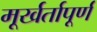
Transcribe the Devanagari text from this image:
मूर्खर्तापूर्ण